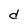
Character: d